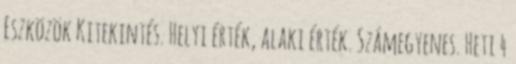
Eszközök Kitekintés. Helyi érték, alaki érték. Számegyenes. Heti 4